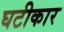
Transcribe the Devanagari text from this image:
घटीकार